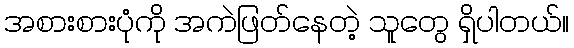
အစားစားပုံကို အကဲဖြတ်နေတဲ့ သူတွေ ရှိပါတယ်။